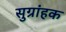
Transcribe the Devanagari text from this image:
सुग्रांहक